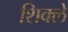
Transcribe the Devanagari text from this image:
शिक्ले